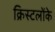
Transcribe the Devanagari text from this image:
क्रिस्टलोंके